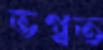
ভগ্বত